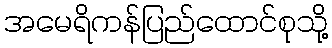
အမေရိကန်ပြည်ထောင်စုသို့